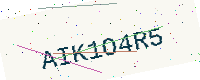
Text: AIK1O4R5